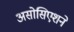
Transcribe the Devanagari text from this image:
असोसिएशने